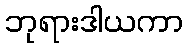
ဘုရားဒါယကာ